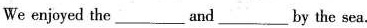
We enjoyed the ___ and ___by the sea.